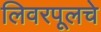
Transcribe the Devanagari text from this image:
लिवरपूलचे